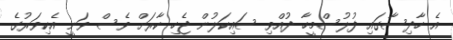
އެ ހާދިސާގައި ފުލުސްމީހާ ދުއްވި ސައިކަލުން ޖެހި ކާރަށް ވެސް ވަނީ އެކިވަރުގެ